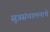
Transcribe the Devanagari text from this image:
सुत्रसंचालनाचे